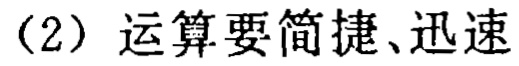
（2）运算要简捷、迅速